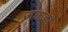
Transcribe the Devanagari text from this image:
जकडा